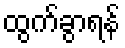
ထွက်ခွာရန်